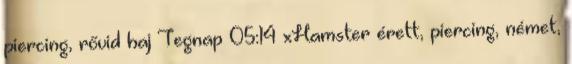
piercing, rővid haj Tegnap 05:14 xHamster érett, piercing, német,